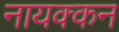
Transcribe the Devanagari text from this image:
नायक्कन